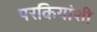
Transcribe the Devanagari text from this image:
परकियांशी